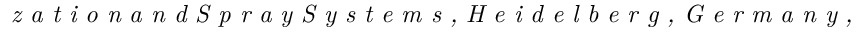
\textit { z a t i o n a n d S p r a y S y s t e m s , H e i d e l b e r g , G e r m a n y , 2 - 6 S e p t e m b e r 2 0 1 2 . }